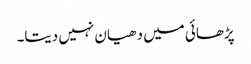
پڑھائی میں دھیان نہیں دیتا۔